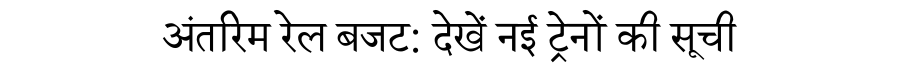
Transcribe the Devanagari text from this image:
अंतरिम रेल बजट: देखें नई ट्रेनों की सूची